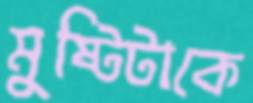
মুষ্টিটাকে